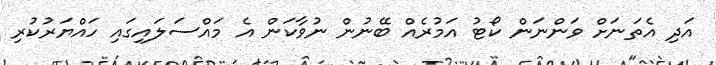
އަދި އެތަނަށް ވަންނަން ކޯޓު އަމުރެއް ބޭނުން ނުވާކަން އެ މައްސަލައިގައި ހައްޔަރުކުރި